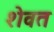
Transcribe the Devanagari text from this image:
शेवत